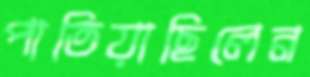
পাতিয়াছিলেন